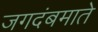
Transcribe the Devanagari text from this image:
जगदंबमाते